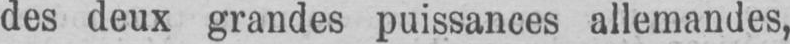
des deux grandes puissances allemandes,